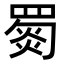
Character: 𦋴